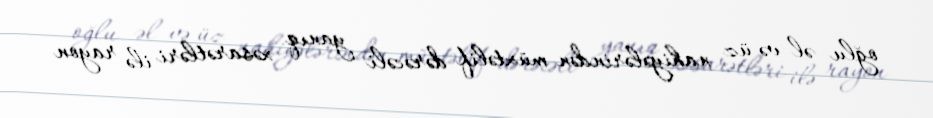
oğlu əl və üz nahiyələrindən müxtəlif dərəcəli yanıq xəsarətləri ilə rayon